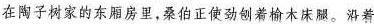
在陶子树家的东厢房里，桑伯正使劲钢着榆木床腿。沿着